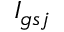
I _ { g s j }